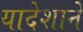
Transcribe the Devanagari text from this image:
यादेशाने